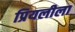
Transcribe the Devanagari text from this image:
प्रियलीला